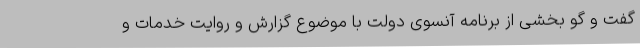
گفت و گو بخشی از برنامه آنسوی دولت با موضوع گزارش و روایت خدمات و